Civil Veterinary Dept. Assam report 1911-1927 - 1911-1927
Year: 1911
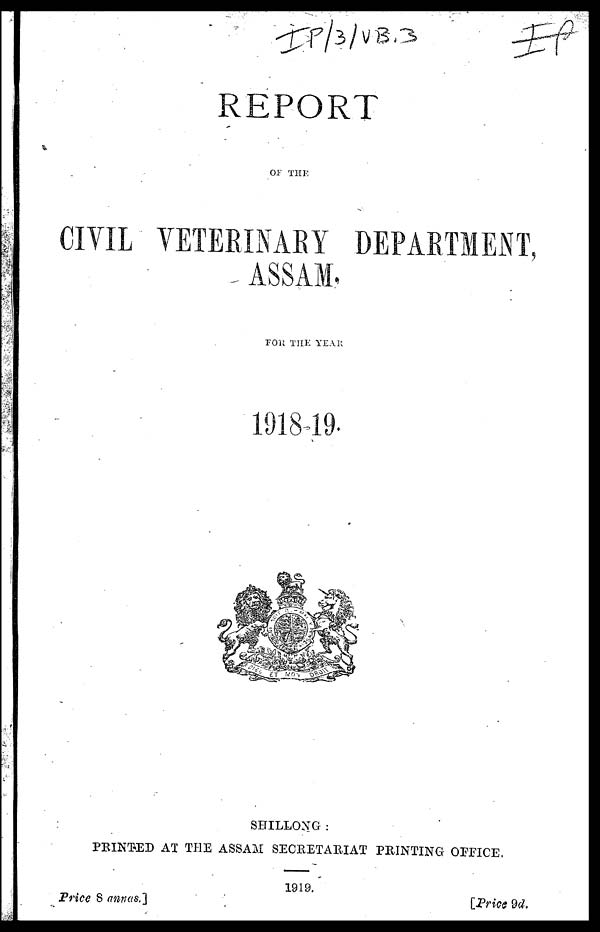
REPORT
OF THE
CIVIL VETEEINARY DEPARTMENT,
ASSAM.
FOR THE YEAR
1918-19.
SHILLONG :
PRINTED AT THE ASSAM SECRETARIAT PRINTING OFFICE,
1919.
Price 8 annas,]
[Price 9d.